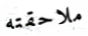
ملاحقته